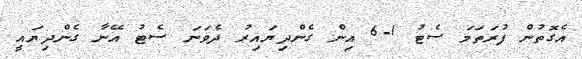
އެގޮތުން ފުރަތަމަ ސެޓު 1-6 އިން ގެންދިޔައިރު ދެވަނަ ސެޓު އޭނާ ގެންދިޔައީ